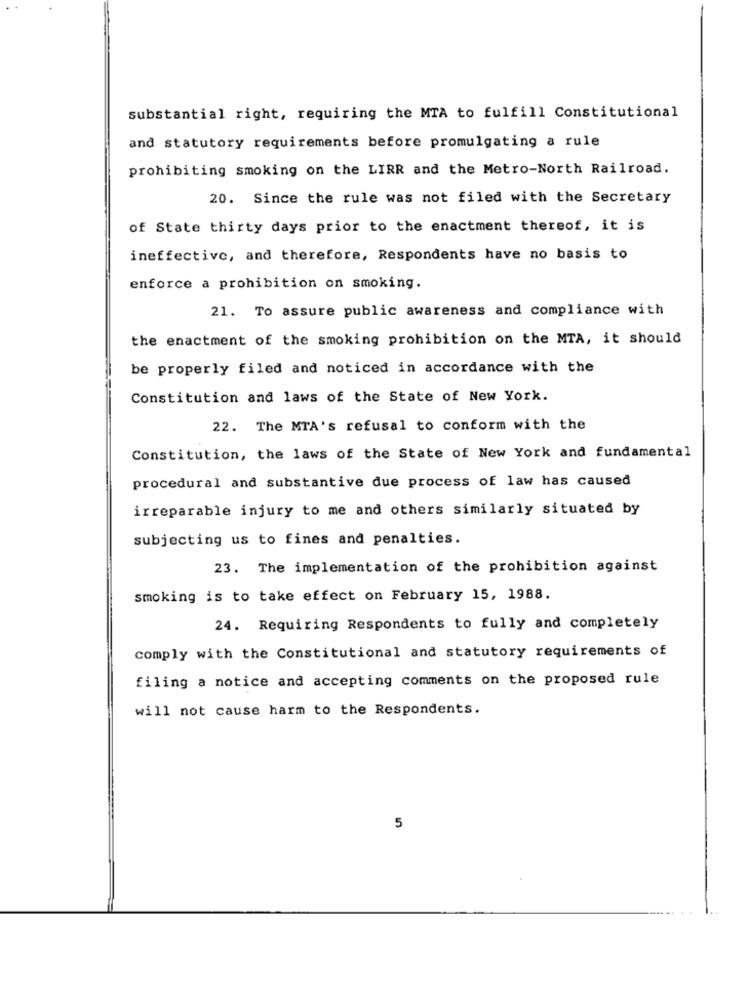
substantial right, requiring the MTA to fulfill Constitutional
and statutory requirements before promulgating a rule
prohibiting smoking on the LIRR and the Metro-North Railroad.
20. Since the rule was not filed with the Secretary
of State thirty days prior to the enactment thereof, it is
ineffective, and therefore, Respondents have no basis to
enforce a prohibition on smoking.
21. To assure public awareness and compliance with
the enactment of the smoking prohibition on the MTA, it should
be properly filed and noticed in accordance with the
Constitution and laws of the State of New York.
22. The MTA's refusal to conform with the
Constitution, the laws of the State of New York and fundamental
procedural and substantive due process of law has caused
irreparable injury to me and others similarly situated by
subjecting us to fines and penalties.
23. The implementation of the prohibition against
smoking is to take effect on February 15, 1988.
24. Requiring Respondents to fully and completely
comply with the Constitutional and statutory requirements of
filing a notice and accepting comments on the proposed rule
will not cause harm to the Respondents.
5